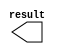
module com_cm_100 (
	result);

	output	[17:0]  result;

endmodule